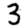
Digit: 3